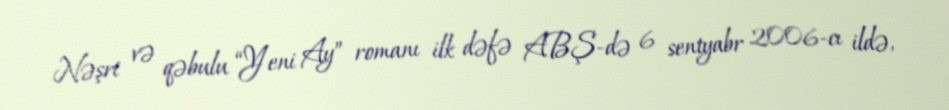
Nəşri və qəbulu “Yeni Ay” romanı ilk dəfə ABŞ-də 6 sentyabr 2006-cı ildə,